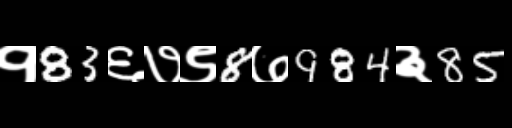
Text: १83६७९8७984३85